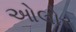
ઓલોર